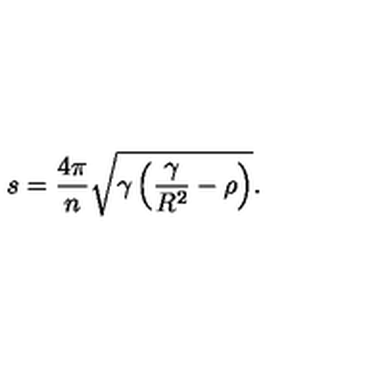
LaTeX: s = \frac { 4 \pi } { n } \sqrt { \gamma \left( \frac { \gamma } { R ^ { 2 } } - \rho \right) } .